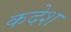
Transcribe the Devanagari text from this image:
कदेश